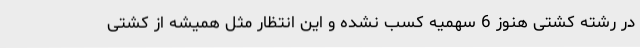
در رشته کشتی هنوز 6 سهمیه کسب نشده و این انتظار مثل همیشه از کشتی